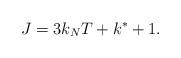
LaTeX: \begin{align*}J = 3 k_N T + k^* + 1.\end{align*}